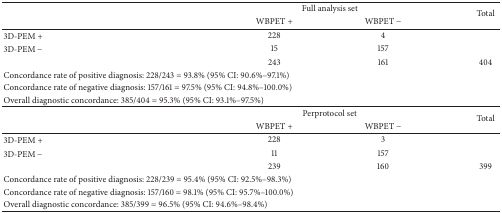
|  | <COLSPAN=2> Full analysis set | <ROWSPAN=2> Total |
 |  | WBPET + | WBPET − |
 | --- | --- | --- | --- |
 | 3D-PEM + | 228 | 4 |  |
 | 3D-PEM − | 15 | 157 |  |
 |  | 243 | 161 | 404 |
 | <COLSPAN=4> Concordance rate of positive diagnosis: 228/243 = 93.8% (95% CI: 90.6%–97.1%) |
 | <COLSPAN=4> Concordance rate of negative diagnosis: 157/161 = 97.5% (95% CI: 94.8%–100.0%) |
 | <COLSPAN=4> Overall diagnostic concordance: 385/404 = 95.3% (95% CI: 93.1%–97.5%) |
 |  | <COLSPAN=2> Perprotocol set | <ROWSPAN=2> Total |
 |  | WBPET + | WBPET − |
 | 3D-PEM + | 228 | 3 |  |
 | 3D-PEM − | 11 | 157 |  |
 |  | 239 | 160 | 399 |
 | <COLSPAN=4> Concordance rate of positive diagnosis: 228/239 = 95.4% (95% CI: 92.5%–98.3%) |
 | <COLSPAN=4> Concordance rate of negative diagnosis: 157/160 = 98.1% (95% CI: 95.7%–100.0%) |
 | <COLSPAN=4> Overall diagnostic concordance: 385/399 = 96.5% (95% CI: 94.6%–98.4%) |